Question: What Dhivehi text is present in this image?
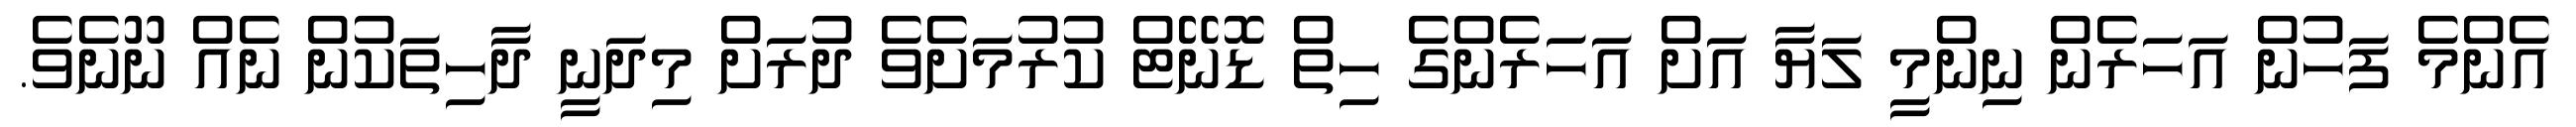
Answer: އެންމެ ފަހުން އަހަރެން ނިންމީ ލަޔާ އަށް އަހަރެންގެ ހިތް ޑޮނޭޓް ކުރުމަށެވެ ދުރަށް މިދަނީ ދާހިތަކުން ނެއް ނޫނެވެ.